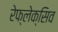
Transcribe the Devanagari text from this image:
रेफ्लेक्सिव